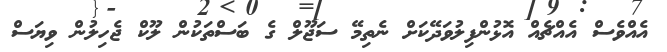
އެއްވެސް އެއްޗެއް އޮޅުންފިލުވަދޭކަށް ނެތިމޭ ސަޖޫލް ގެ ބަސްތަކުން ލޫކް ޖެހިލުން ވިޔަސް